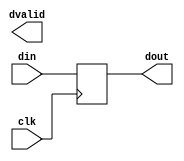
//============================================================================//
//                                                                            //
//      Parameterize FIFO Delay                                               //
//                                                                            //
//      Module name: fifo_delay                                               //
//      Desc: parameterized FIFO delay, which creates a varible length delay  //
//            of variable width                                               //
//      Developer: Wesley New                                                 //
//      Licence: GNU General Public License ver 3                             //
//      Notes:                                                                //
//                                                                            //
//============================================================================//

module fifo_delay #(
      //=============
      // Parameters
      //=============
      parameter DATA_WIDTH   = 32,
      parameter DELAY_CYCLES = 1
   ) (
      //=====================
      // Input/Output Ports
      //=====================
      input                   clk,
      input  [DATA_WIDTH-1:0] din,
      output [DATA_WIDTH-1:0] dout,
      //TODO: implement dvalid
      output                  dvalid
   );

   //=================
   // Delay Register
   //=================
   reg [DATA_WIDTH*DELAY_CYCLES-1:0] delay;

   // Syncronous shifting of the data through the register
   always @ (posedge clk) begin
      delay[DATA_WIDTH-1:0] <= din  [DATA_WIDTH-1:0];
      if (DELAY_CYCLES > 1) begin
         delay[DATA_WIDTH*DELAY_CYCLES-1:DATA_WIDTH] <= delay[DATA_WIDTH*(DELAY_CYCLES-1):0];
      end
   end
   
   // Assign last slice of register to the data out
   assign dout[DATA_WIDTH-1:0] = delay[DATA_WIDTH*DELAY_CYCLES-1:DATA_WIDTH*(DELAY_CYCLES-1)];
    
endmodule